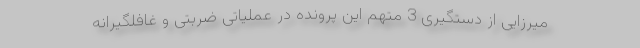
میرزایی از دستگیری 3 متهم این پرونده در عملیاتی ضربتی و غافلگیرانه